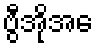
ဗွီအိုအေ